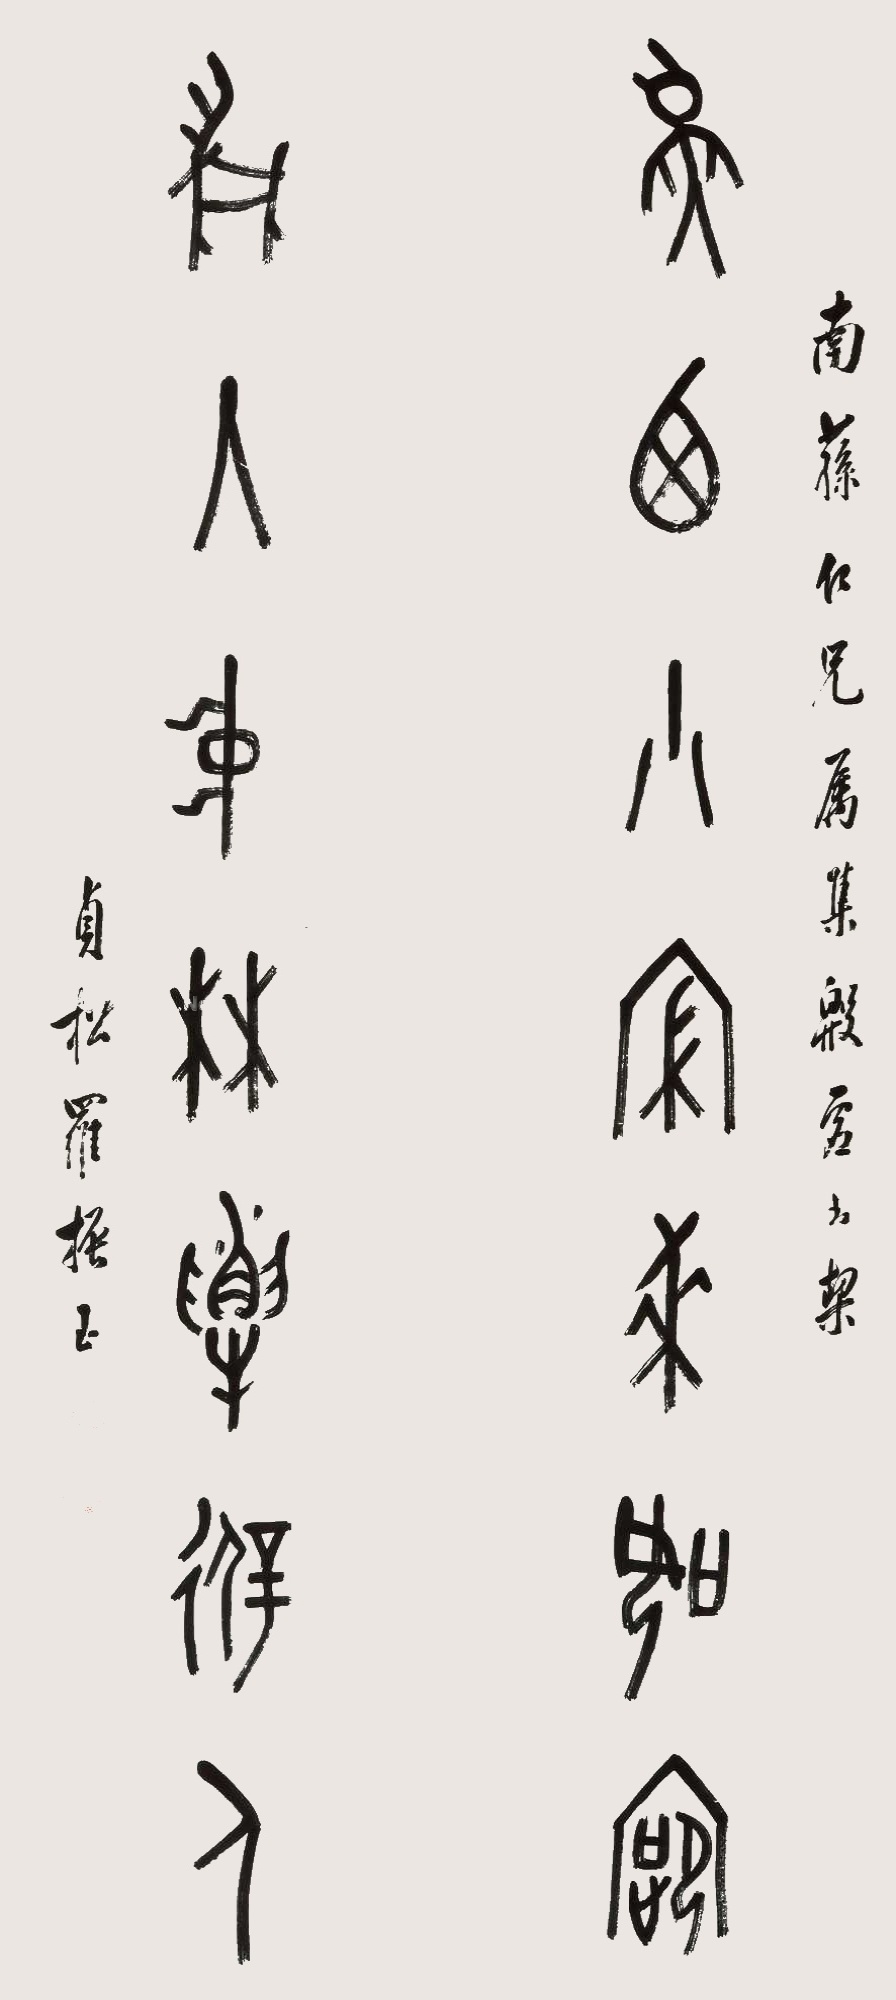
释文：燕栖小寝来知客，鹿入中林解避人。南荪仁兄属集殷虚书契。贞松罗振玉。